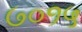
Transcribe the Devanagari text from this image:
७०१५